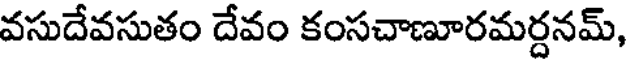
వసుదేవసుతం దేవం కంసచాణూరమర్దనమ్,